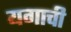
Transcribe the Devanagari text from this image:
यगाची